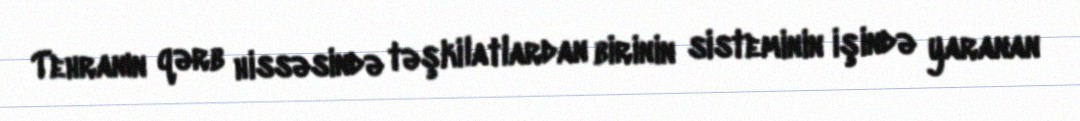
Tehranın qərb hissəsində təşkilatlardan birinin sisteminin işində yaranan